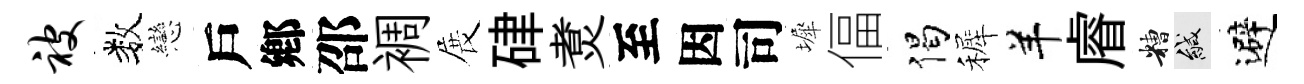
被数戀戶鄕邵裯展硉煑至因司墀偪偈裤羊𥈠糟緘避